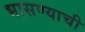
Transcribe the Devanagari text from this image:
भासण्याची